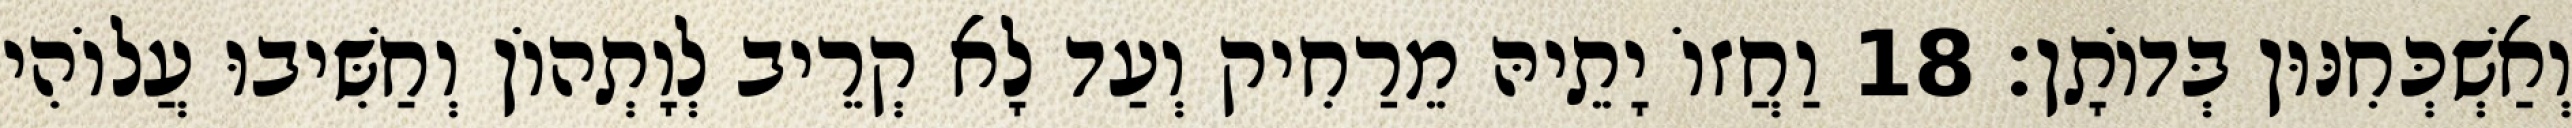
וְאַשְׁכְּחִנּוּן בְּדוֹתָן׃ 18 וַחֲזוֹ יָתֵיהּ מֵרַחִיק וְעַד לָא קְרֵיב לְוָתְהוֹן וְחַשִּׁיבוּ עֲלוֹהִי